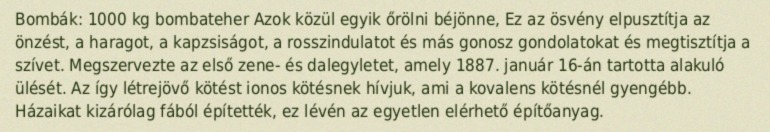
Bombák: 1000 kg bombateher Azok közül egyik őrölni béjönne, Ez az ösvény elpusztítja az önzést, a haragot, a kapzsiságot, a rosszindulatot és más gonosz gondolatokat és megtisztítja a szívet. Megszervezte az első zene- és dalegyletet, amely 1887. január 16-án tartotta alakuló ülését. Az így létrejövő kötést ionos kötésnek hívjuk, ami a kovalens kötésnél gyengébb. Házaikat kizárólag fából építették, ez lévén az egyetlen elérhető építőanyag.